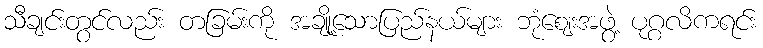
သီချင်းတွင်လည်း တခြမ်းကို အချို့သောပြည်နယ်များ ဘုံဈေးအဖွဲ့ ပုဂ္ဂလိကရင်း